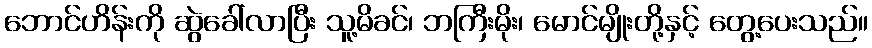
ဘောင်ဟိန်းကို ဆွဲခေါ်လာပြီး သူ့မိခင်၊ ဘကြီးမိုး၊ မောင်မျိုးတို့နှင့် တွေ့ပေးသည်။